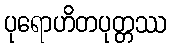
ပုရောဟိတပုတ္တဿ